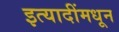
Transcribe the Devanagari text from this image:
इत्यादींमधून